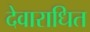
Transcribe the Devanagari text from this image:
देवाराधित